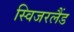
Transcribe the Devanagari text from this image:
स्विजरलैंड